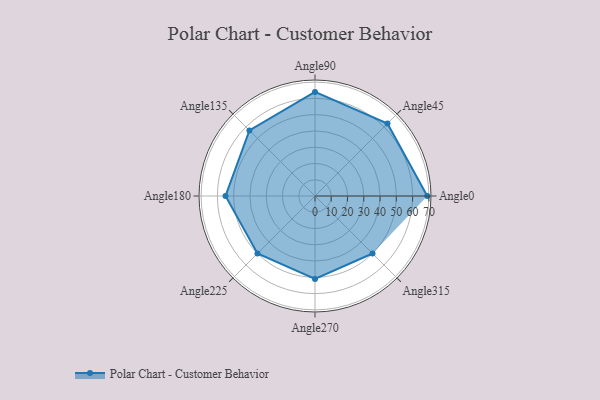
{"axis": {"x": "Angle", "y": "Radius"}, "legend": [""], "data": [{"x": "Angle0", "y": 69.0, "type": ""}, {"x": "Angle45", "y": 63.0, "type": ""}, {"x": "Angle90", "y": 64.0, "type": ""}, {"x": "Angle135", "y": 57.0, "type": ""}, {"x": "Angle180", "y": 55.0, "type": ""}, {"x": "Angle225", "y": 50, "type": ""}, {"x": "Angle270", "y": 51.0, "type": ""}, {"x": "Angle315", "y": 50.0, "type": ""}]}